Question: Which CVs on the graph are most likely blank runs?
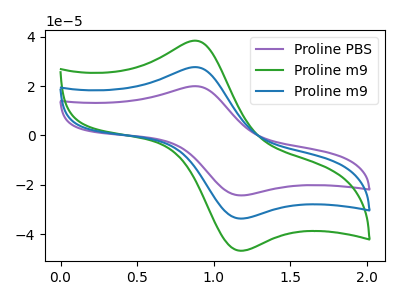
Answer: <think>The purple curve "Proline PBS" has an anodic peak at (0.90V, 19.95uA) and a cathodic peak at (1.15V, -24.30uA). The green curve "Proline m9" has an anodic peak at (0.90V, 55.40uA) and a cathodic peak at (1.15V, -67.40uA). The blue curve "Proline m9" has an anodic peak at (0.90V, 27.70uA) and a cathodic peak at (1.15V, -33.70uA).</think>
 <answer>There are not any CV's on this graph that are likely to be blanks.</answer>
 <eval>none</eval>